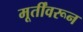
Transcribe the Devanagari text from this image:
मूर्तींवरून